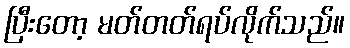
ပြီးတော့ မတ်တတ်ရပ်လိုက်သည်။